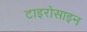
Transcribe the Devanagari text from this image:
टाइरोसाइन